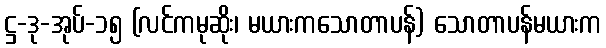
ဋ္ဌ-ဒု-အုပ်-၁၅ (လင်ကမုဆိုး၊ မယားကသောတာပန်) သောတာပန်မယားက